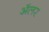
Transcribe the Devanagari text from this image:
ॲलर